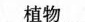
植物